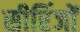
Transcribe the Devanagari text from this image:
सीरिंजों